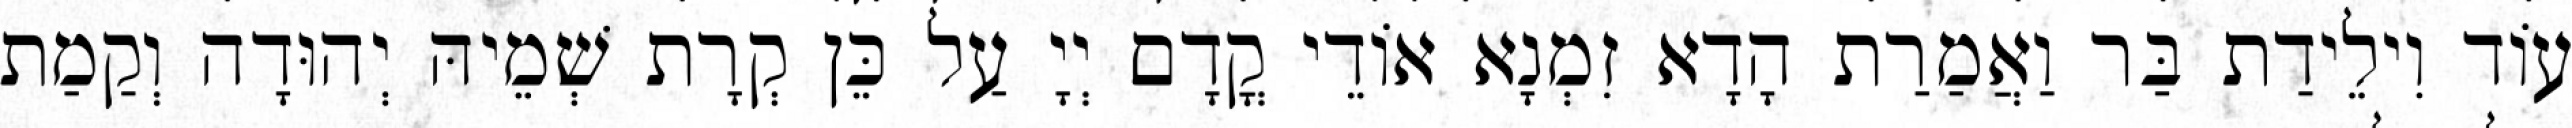
עוֹד וִילֵידַת בַּר וַאֲמַרַת הָדָא זִמְנָא אוֹדֵי קֳדָם יְיָ עַל כֵּן קְרָת שְׁמֵיהּ יְהוּדָה וְקַמַת